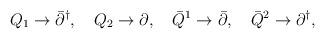
LaTeX: \begin{align*}Q_1 \to \bar{\partial}^\dagger, \quad Q_2 \to \partial, \quad \bar{Q}^1 \to \bar{\partial}, \quad \bar{Q}^2 \to \partial^\dagger,\end{align*}